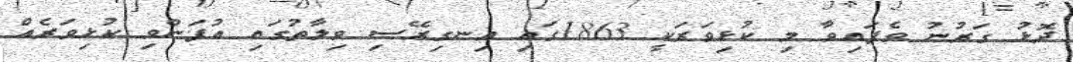
ދޮޅު ގަރުނު ވެފައިވާ މި ކުޅިވަރަކީ 1863ގައި އިނގިރޭސި ވިލާތުގައި އުފަންވި ކުޅިވަރެއް